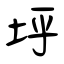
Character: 垀